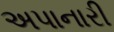
અપાનારી